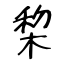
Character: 棃